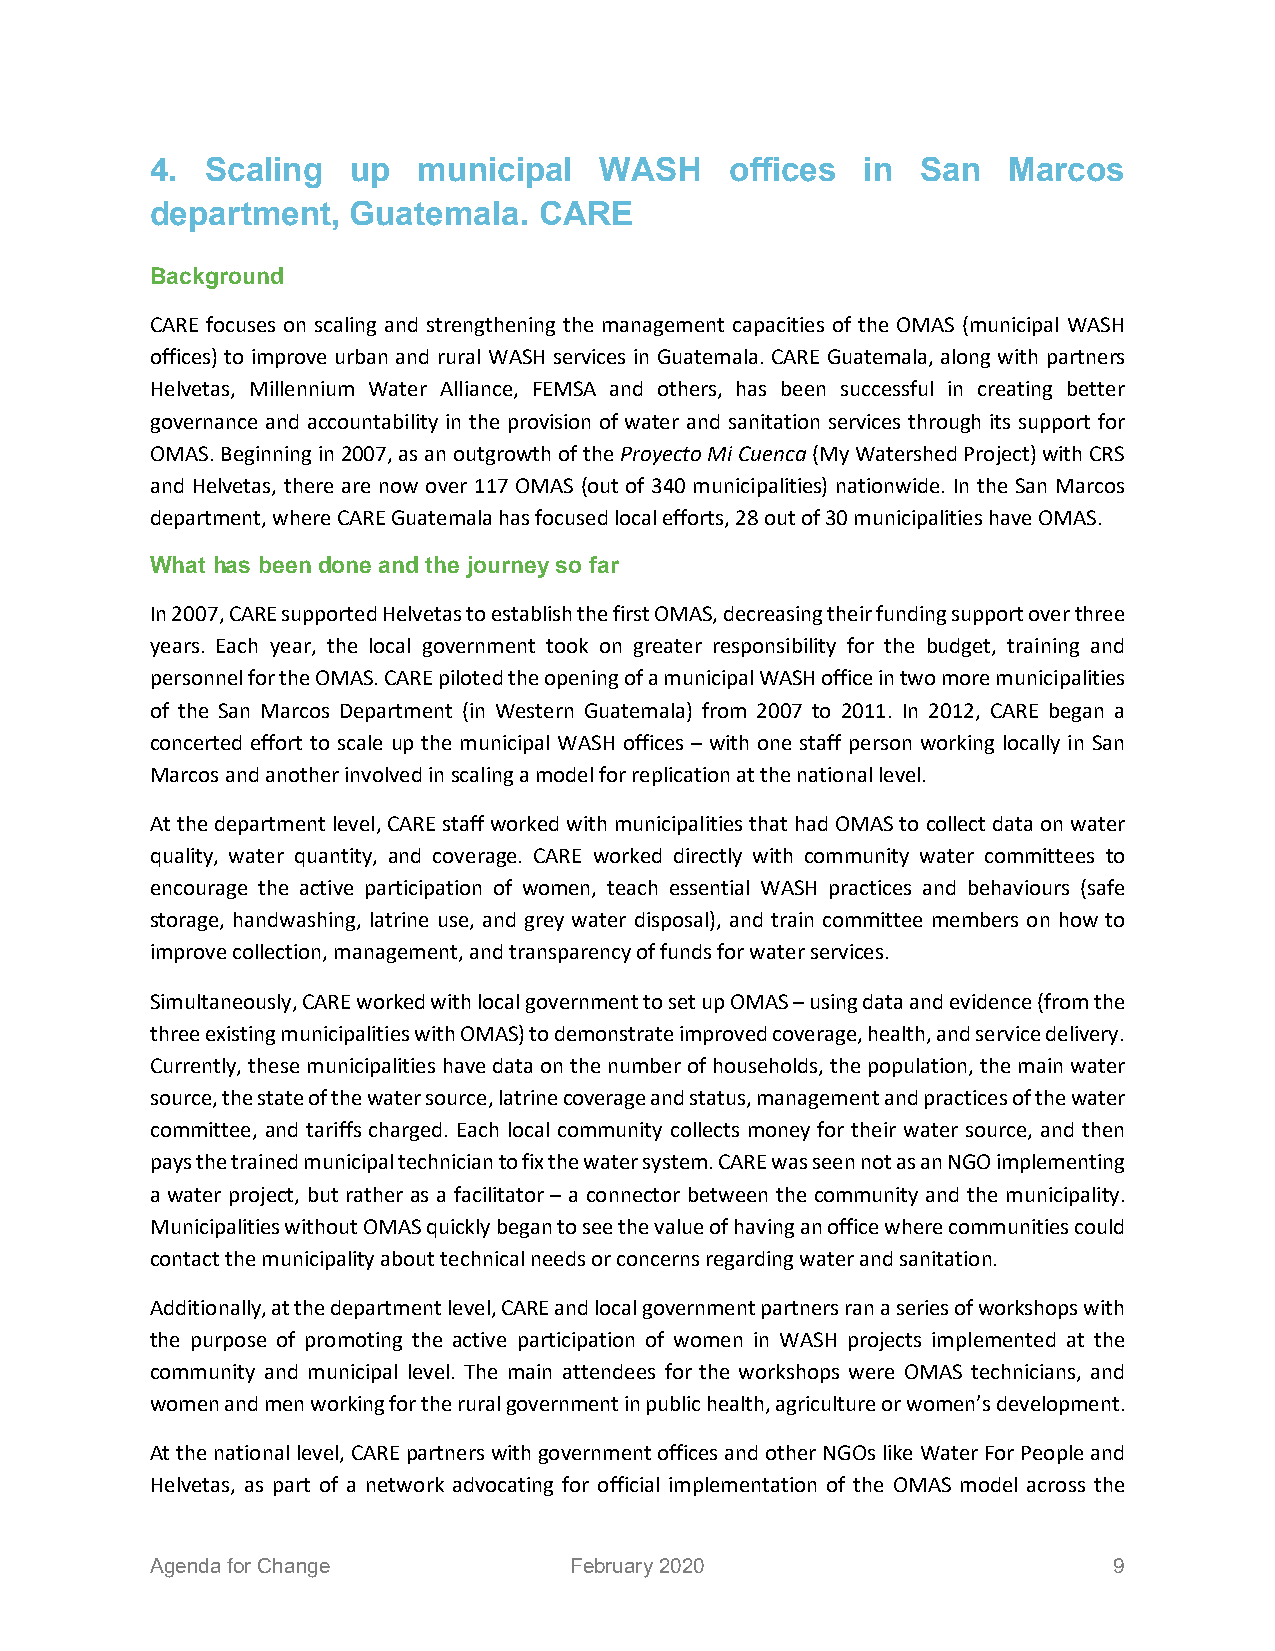
4.  Scaling  up   municipal   WASH    offices  in  San   Marcos
 department,  Guatemala.   CARE
 Background
 CARE focuses on scaling and strengthening the management capacities of the OMAS (municipal WASH
 offices) to improve urban and rural WASH services in Guatemala. CARE Guatemala, along with partners
 Helvetas, Millennium Water Alliance, FEMSA and others, has been successful in creating better
 governance and accountability in the provision of water and sanitation services through its support for
 OMAS. Beginning in 2007, as an outgrowth of the Proyecto Mi Cuenca (My Watershed Project) with CRS
 and Helvetas, there are now over 117 OMAS (out of 340 municipalities) nationwide. In the San Marcos
 department, where CARE Guatemala has focused local efforts, 28 out of 30 municipalities have OMAS.
 What has been done and the journey so far
 In 2007, CARE supported Helvetas to establish the first OMAS, decreasing their funding support over three
 years. Each year, the local government took on greater responsibility for the budget, training and
 personnel for the OMAS. CARE piloted the opening of a municipal WASH office in two more municipalities
 of the San Marcos Department (in Western Guatemala) from 2007 to 2011. In 2012, CARE began a
 concerted effort to scale up the municipal WASH offices – with one staff person working locally in San
 Marcos and another involved in scaling a model for replication at the national level.
 At the department level, CARE staff worked with municipalities that had OMAS to collect data on water
 quality, water quantity, and coverage. CARE worked directly with community water committees to
 encourage the active participation of women, teach essential WASH practices and behaviours (safe
 storage, handwashing, latrine use, and grey water disposal), and train committee members on how to
 improve collection, management, and transparency of funds for water services.
 Simultaneously, CARE worked with local government to set up OMAS – using data and evidence (from the
 three existing municipalities with OMAS) to demonstrate improved coverage, health, and service delivery.
 Currently, these municipalities have data on the number of households, the population, the main water
 source, the state of the water source, latrine coverage and status, management and practices of the water
 committee, and tariffs charged. Each local community collects money for their water source, and then
 pays the trained municipal technician to fix the water system. CARE was seen not as an NGO implementing
 a water project, but rather as a facilitator – a connector between the community and the municipality.
 Municipalities without OMAS quickly began to see the value of having an office where communities could
 contact the municipality about technical needs or concerns regarding water and sanitation.
 Additionally, at the department level, CARE and local government partners ran a series of workshops with
 the purpose of promoting the active participation of women in WASH projects implemented at the
 community and municipal level. The main attendees for the workshops were OMAS technicians, and
 women and men working for the rural government in public health, agriculture or women’s development.
 At the national level, CARE partners with government offices and other NGOs like Water For People and
 Helvetas, as part of a network advocating for official implementation of the OMAS model across the
 Agenda for Change           February 2020                       9